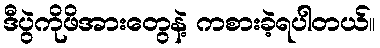
ဒီပွဲကိုဖိအားတွေနဲ့ ကစားခဲ့ရပါတယ်။